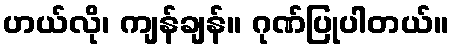
ဟယ်လို၊ ကျန်ချန်။ ဂုဏ်ပြုပါတယ်။